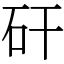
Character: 矸